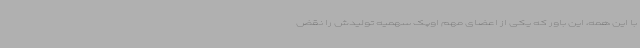
با این همه، این باور که یکی از اعضای مهم اوپک سهمیه تولیدش را نقض